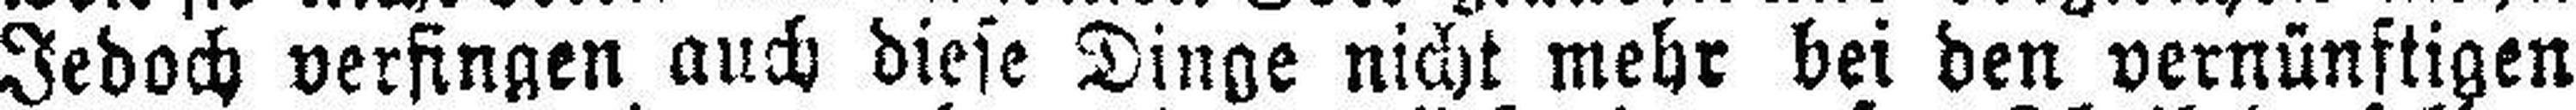
Jedoch verfingen auch diese Dinge nicht mehr bei den vernünftigen